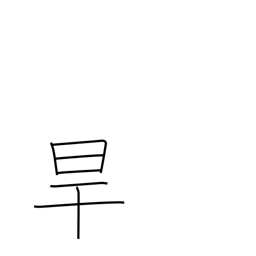
Meaning: drought